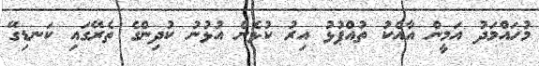
މުހައްމަދު އަމީން އާއެކު ތުއްޕުޅު އިރު ކުޅެން އުޅުނު ކުދިންގެ ތެރޭގައި ކަނޑިގޭ